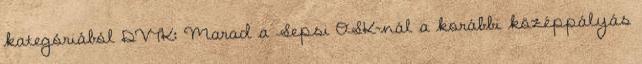
kategóriából DVTK: Marad a Sepsi OSK-nál a korábbi középpályás